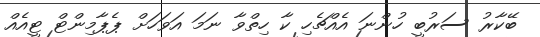
ބޭކާރު ސަރުބީ ހުންނަ އެއްޗެހި ކާ ހިތްވާ ނަމަ އަވަހަށް ޕެޕާމިންޓް ޓީއެއް